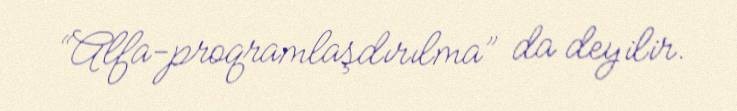
“Alfa-proqramlaşdırılma” da deyilir.